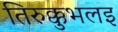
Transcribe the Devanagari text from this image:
तिरुक्कुभलइ